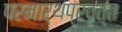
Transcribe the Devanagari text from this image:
परमार्थप्रवृत्त